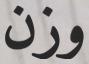
وزن